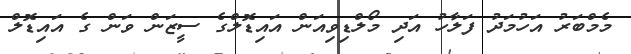
މެމްބަރު އަހުމަދު ފަލާހު އަދި މޯލްޑިވިއަން އައިޑޮލްގެ ސީޒަން ވަން ގެ އައިޑޮލް